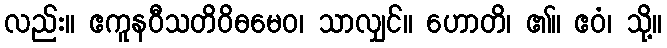
လည်း။ ဧကူနဝီသတိဝိဓမေဝ၊ သာလျှင်။ ဟောတိ၊ ၏။ ဧဝံ၊ သို့။